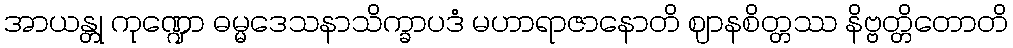
အာယန္တု ကုဏ္ဍော ဓမ္မဒေသနာသိက္ခာပဒံ မဟာရာဇာနောတိ ဈာနစိတ္တဿ နိဗ္ဗတ္တိတောတိ